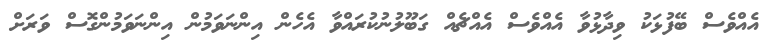
އެއްވެސް ބޭފުޅަކު ވިދާޅުވާ އެއްވެސް އެއްޗެއް ގަބޫލުނުކުރައްވާ އެހެން އިންނަވަމުން އިންނަވަމުންގޮސް ވަރަށް